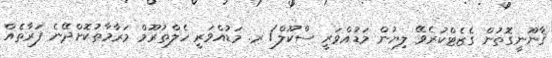
ޤާނޫނީގޮތުން ގެޒެޓްކުރެވޭ ލިޔުން މަޑުއްވަރީ ސްކޫލް/ ރ. މަޑުއްވަރީ ހެލްތުރޫމް މަރާމާތުކޮށްދޭނެ ފަރާތެއް